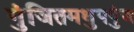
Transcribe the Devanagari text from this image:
गुंजितमधुपपुंज